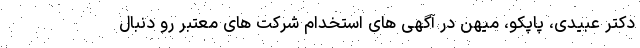
دکتر عبیدی، پاپکو، میهن در آگهی های استخدام شرکت های معتبر رو دنبال